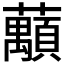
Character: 𱿂